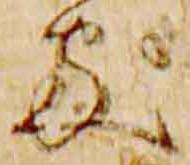
処